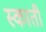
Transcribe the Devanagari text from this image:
स्काती